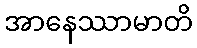
အာနေဿာမာတိ